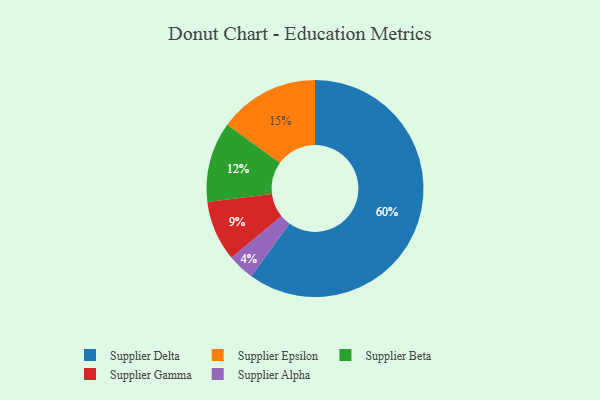
{"axis": {"x": "Category", "y": "Percentage"}, "legend": ["Supplier Alpha", "Supplier Beta", "Supplier Delta", "Supplier Epsilon", "Supplier Gamma"], "data": [{"x": "Supplier Gamma", "y": 9, "type": "Supplier Gamma"}, {"x": "Supplier Beta", "y": 12, "type": "Supplier Beta"}, {"x": "Supplier Delta", "y": 60, "type": "Supplier Delta"}, {"x": "Supplier Alpha", "y": 4, "type": "Supplier Alpha"}, {"x": "Supplier Epsilon", "y": 15, "type": "Supplier Epsilon"}]}